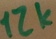
Text: 12K